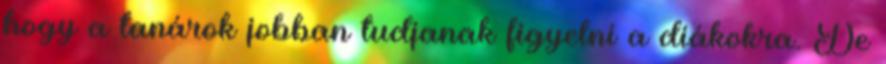
hogy a tanárok jobban tudjanak figyelni a diákokra. De